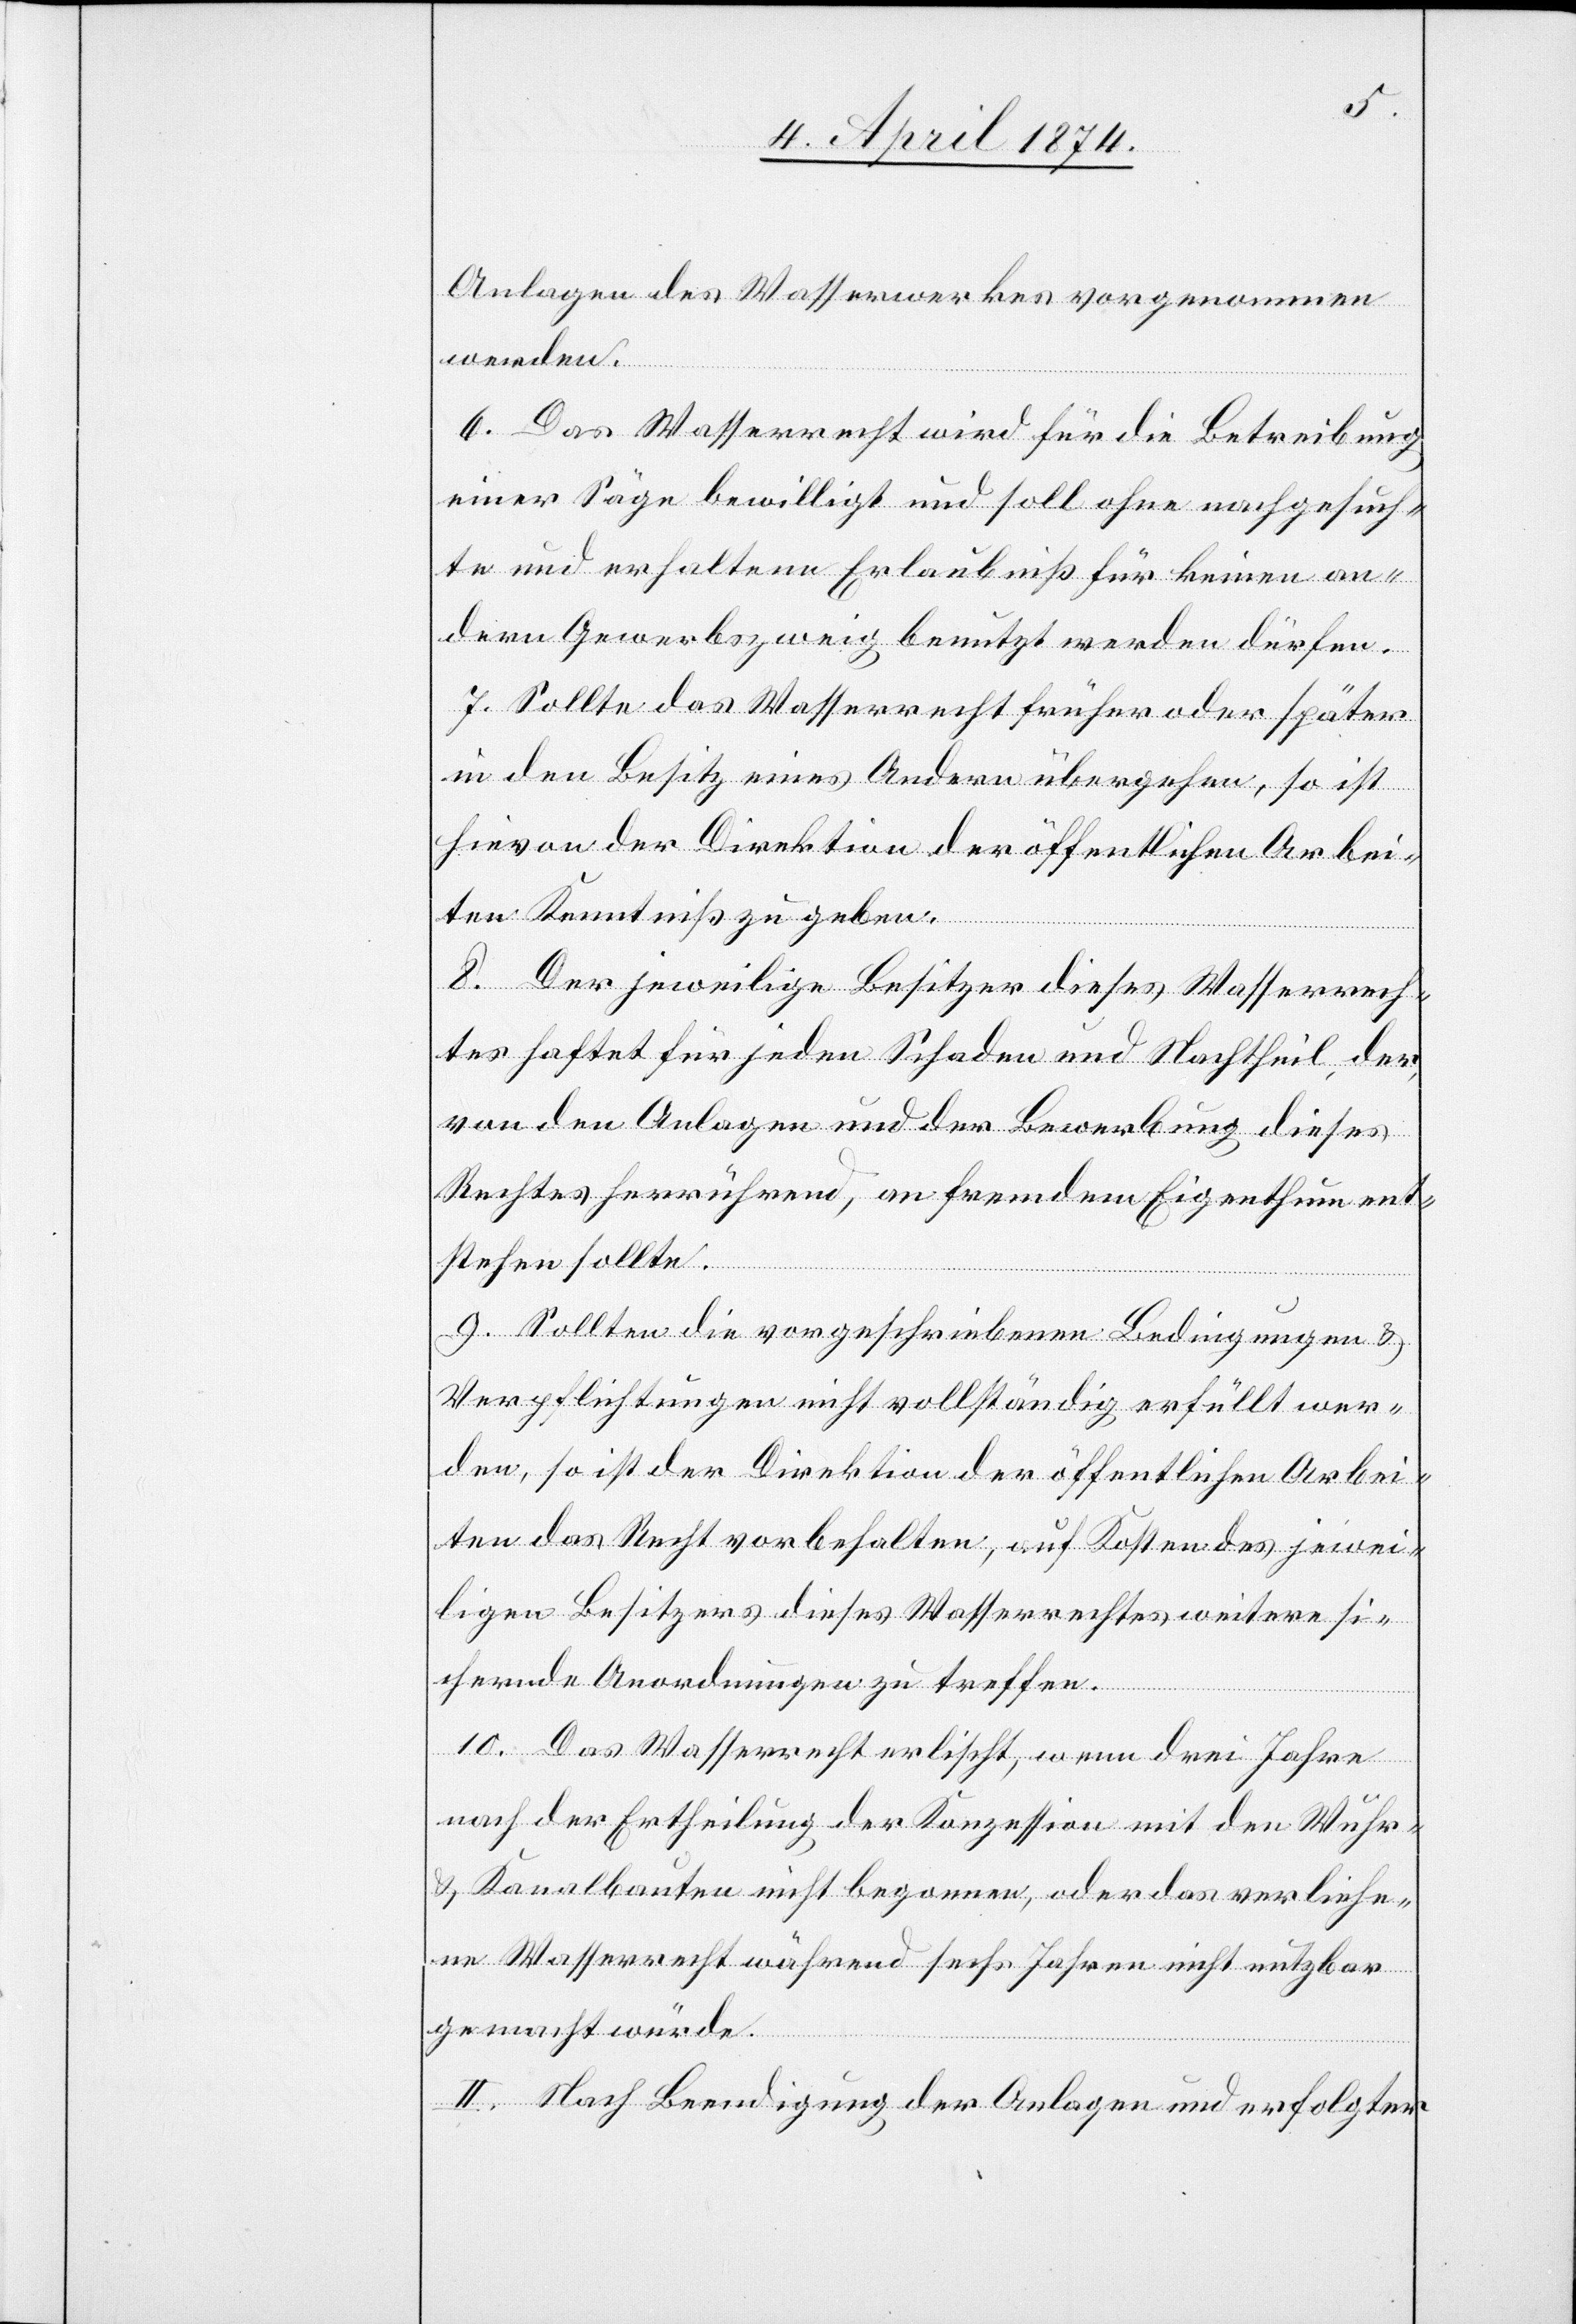
Anlagen des Wasserwerkes vorgenommen
werden.
6. Das Wasserrecht wird für die Betreibung
einer Säge bewilligt und soll ohne nachgesuch¬
te und erhaltene Erlaubniß für keinen an¬
dern Gewerbszweig benutzt werden dürfen.
7. Sollte das Wasserrecht früher oder später
in den Besitz eines Andern übergehen, so ist
hievon der Direktion der öffentlichen Arbei¬
ten Kenntniß zu geben.
8. Der jeweilige Besitzer dieses Wasserrech¬
tes haftet für jeden Schaden und Nachtheil, der,
von den Anlagen und der Bewerbung dieses
Rechtes herrührend, an fremdem Eigenthum ent¬
stehen sollte.
9. Sollten die vorgeschriebenen Bedingungen u.
Verpflichtungen nicht vollständig erfüllt wer¬
den, so ist der Direktion der öffentlichen Arbei¬
ten das Recht vorbehalten, auf Kosten des jewei¬
ligen Besitzers dieses Wasserrechtes weitere si¬
chernde Anordnungen zu treffen.
10. Das Wasserrecht erlischt, wenn drei Jahre
nach der Ertheilung der Konzession mit den Wuhr-
u. Kanalbauten nicht begonnen, oder das verliehe¬
ne Wasserrecht während sechs Jahren nicht nutzbar
gemacht würde.
II. Nach Beendigung der Anlagen und erfolgter